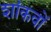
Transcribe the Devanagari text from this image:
शांकवों